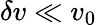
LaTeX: \delta v\ll v_{0}